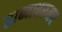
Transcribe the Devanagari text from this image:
ताब्यावरूनच